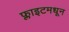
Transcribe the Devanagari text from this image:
फ्लाइटमधून